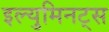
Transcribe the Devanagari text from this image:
इल्युमिनट्स